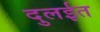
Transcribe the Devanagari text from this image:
दुलईत